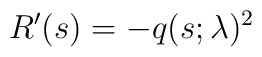
R^\prime(s)=-q(s;\lambda)^2